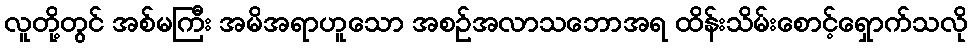
လူတို့တွင် အစ်မကြီး အမိအရာဟူသော အစဉ်အလာသဘောအရ ထိန်းသိမ်းစောင့်ရှောက်သလို